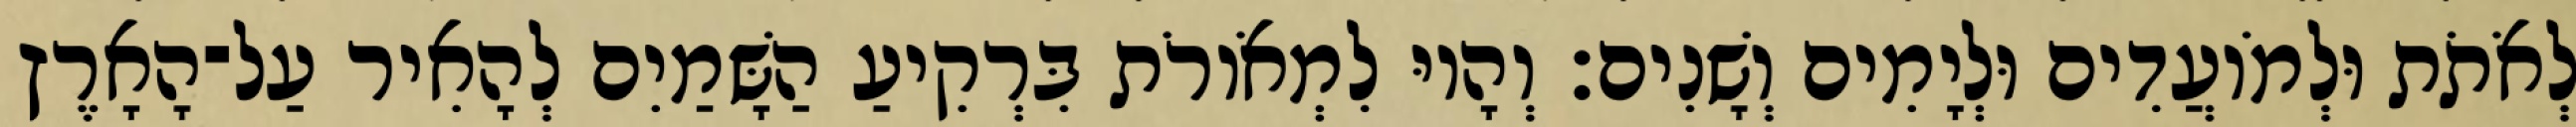
לְאֹתֹת וּלְמֹועֲדִים וּלְיָמִים וְשָׁנִים׃ וְהָיוּ לִמְאֹורֹת בִּרְקִיעַ הַשָּׁמַיִם לְהָאִיר עַל־הָאָרֶץ